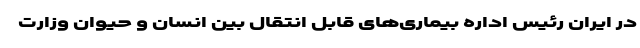
در ایران رئیس اداره بیماری‌های قابل انتقال بین انسان و حیوان وزارت